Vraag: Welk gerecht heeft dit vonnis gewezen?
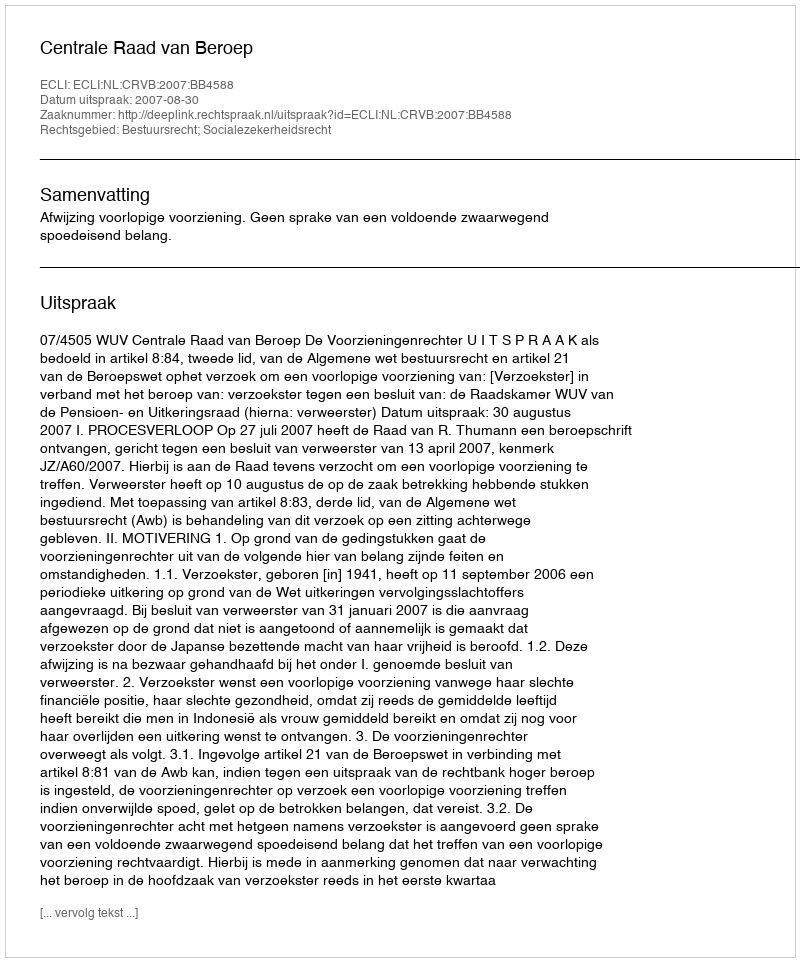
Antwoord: Centrale Raad van Beroep